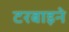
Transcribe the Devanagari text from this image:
टरबाइने